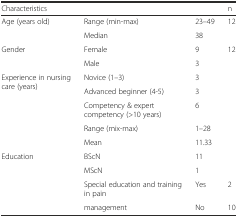
<table><thead><tr><td colspan="3"><b>Characteristics</b></td><td><b>n</b></td></tr></thead><tbody><tr><td rowspan="2">Age (years old)</td><td>Range (min-max)</td><td>23–49</td><td>12</td></tr><tr><td>Median</td><td>38</td><td></td></tr><tr><td rowspan="2">Gender</td><td>Female</td><td>9</td><td>12</td></tr><tr><td>Male</td><td>3</td><td></td></tr><tr><td rowspan="5">Experience in nursing care (years)</td><td>Novice (1–3)</td><td>3</td><td></td></tr><tr><td>Advanced beginner (4-5)</td><td>3</td><td></td></tr><tr><td>Competency &amp; expert competency (&gt;10 years)</td><td>6</td><td></td></tr><tr><td>Range (mix-max)</td><td>1–28</td><td></td></tr><tr><td>Mean</td><td>11.33</td><td></td></tr><tr><td rowspan="4">Education</td><td>BScN</td><td>11</td><td></td></tr><tr><td>MScN</td><td>1</td><td></td></tr><tr><td>Special education and training in pain</td><td>Yes</td><td>2</td></tr><tr><td>management</td><td>No</td><td>10</td></tr></tbody></table>